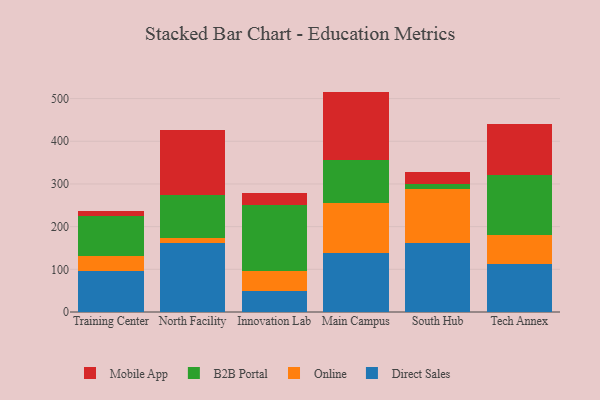
{"axis": {"x": "Campus", "y": "Latency (ms)"}, "legend": ["B2B Portal", "Direct Sales", "Mobile App", "Online"], "data": [{"x": "Training Center", "y": 95.1, "type": "Direct Sales"}, {"x": "Training Center", "y": 36.8, "type": "Online"}, {"x": "Training Center", "y": 93.4, "type": "B2B Portal"}, {"x": "Training Center", "y": 11.1, "type": "Mobile App"}, {"x": "North Facility", "y": 162.8, "type": "Direct Sales"}, {"x": "North Facility", "y": 11.3, "type": "Online"}, {"x": "North Facility", "y": 99.5, "type": "B2B Portal"}, {"x": "North Facility", "y": 152.6, "type": "Mobile App"}, {"x": "Innovation Lab", "y": 49.5, "type": "Direct Sales"}, {"x": "Innovation Lab", "y": 45.6, "type": "Online"}, {"x": "Innovation Lab", "y": 156.4, "type": "B2B Portal"}, {"x": "Innovation Lab", "y": 26.6, "type": "Mobile App"}, {"x": "Main Campus", "y": 139.4, "type": "Direct Sales"}, {"x": "Main Campus", "y": 116.0, "type": "Online"}, {"x": "Main Campus", "y": 100.0, "type": "B2B Portal"}, {"x": "Main Campus", "y": 161.0, "type": "Mobile App"}, {"x": "South Hub", "y": 162.6, "type": "Direct Sales"}, {"x": "South Hub", "y": 125.2, "type": "Online"}, {"x": "South Hub", "y": 11.6, "type": "B2B Portal"}, {"x": "South Hub", "y": 28.2, "type": "Mobile App"}, {"x": "Tech Annex", "y": 111.4, "type": "Direct Sales"}, {"x": "Tech Annex", "y": 68.9, "type": "Online"}, {"x": "Tech Annex", "y": 141.5, "type": "B2B Portal"}, {"x": "Tech Annex", "y": 118.4, "type": "Mobile App"}]}